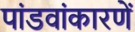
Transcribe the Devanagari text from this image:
पांडवांकारणें